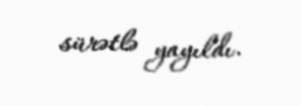
sürətlə yayıldı.